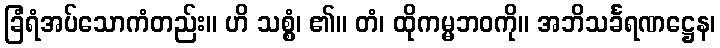
ခြံရံအပ်သောကံတည်း။ ဟိ သစ္စွံ၊ ၏။ တံ၊ ထိုကမ္မဘဝကို။ အဘိသင်္ခရဏဋ္ဌေန၊